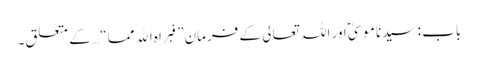
باب : سیدنا موسیٰؑ اور اللہ تعالی کے فرمان”فبراہ الله مما“ … کے متعلق۔